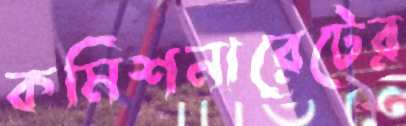
কমিশনারেটের